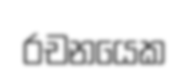
රචනයෙක